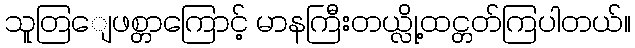
သူတြျေဖစ္တာကြောင့် မာနကြီးတယ္လို့ထင္တတ်ကြပါတယ်။